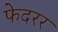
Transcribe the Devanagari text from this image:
फेदरर